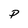
Character: P